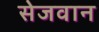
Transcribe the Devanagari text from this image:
सेजवान